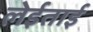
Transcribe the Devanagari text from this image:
लेईताई